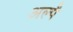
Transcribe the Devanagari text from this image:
अल्पै